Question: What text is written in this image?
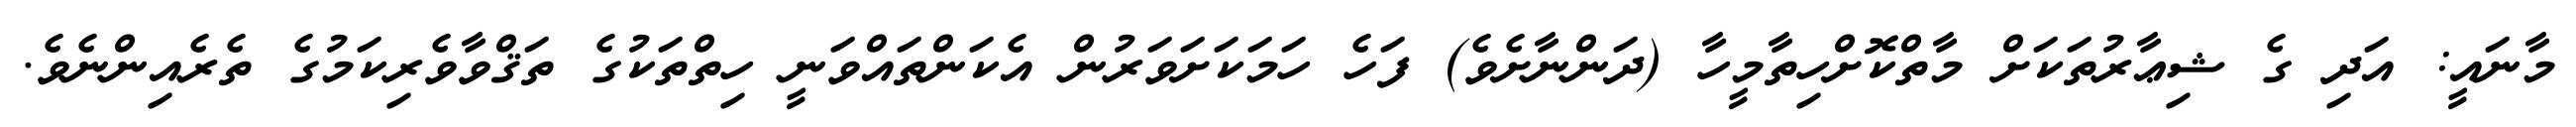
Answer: މާނައީ: އަދި ގެ ޝިޢާރުތަކަށް މާތްކޮށްހިތާމީހާ (ދަންނާށެވެ) ފަހެ ހަމަކަށަވަރުން އެކަންތައްވަނީ ހިތްތަކުގެ ތަޤްވާވެރިކަމުގެ ތެރެއިންނެވެ.